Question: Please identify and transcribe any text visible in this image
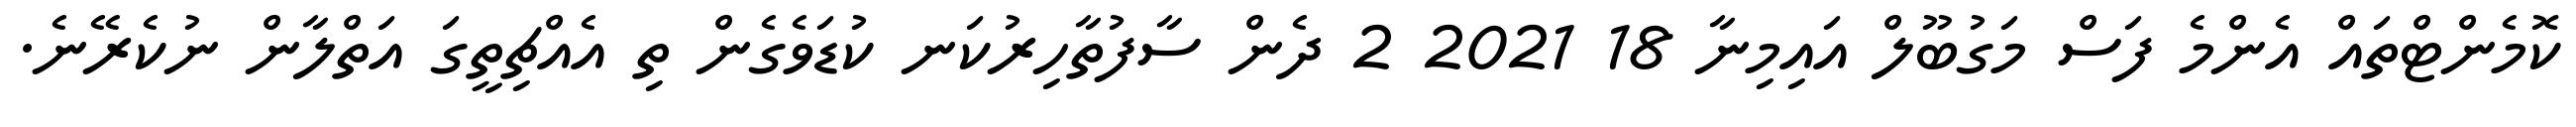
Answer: ކޮމެންޓްތައް އެންމެ ފަސް މަގުބޫލް އައިމިނާ 18 2021 2 ދެން ސާފުތާހިރުކަނ ކުޑަވެގެން ތި އެއްޗިތީގަ އަތްލާން ނުކެރޭނެ.